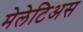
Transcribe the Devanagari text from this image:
मेलेटिअस